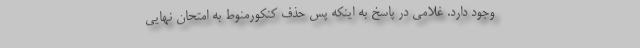
وجود دارد. غلامی در پاسخ به اینکه پس حذف کنکورمنوط به امتحان نهایی